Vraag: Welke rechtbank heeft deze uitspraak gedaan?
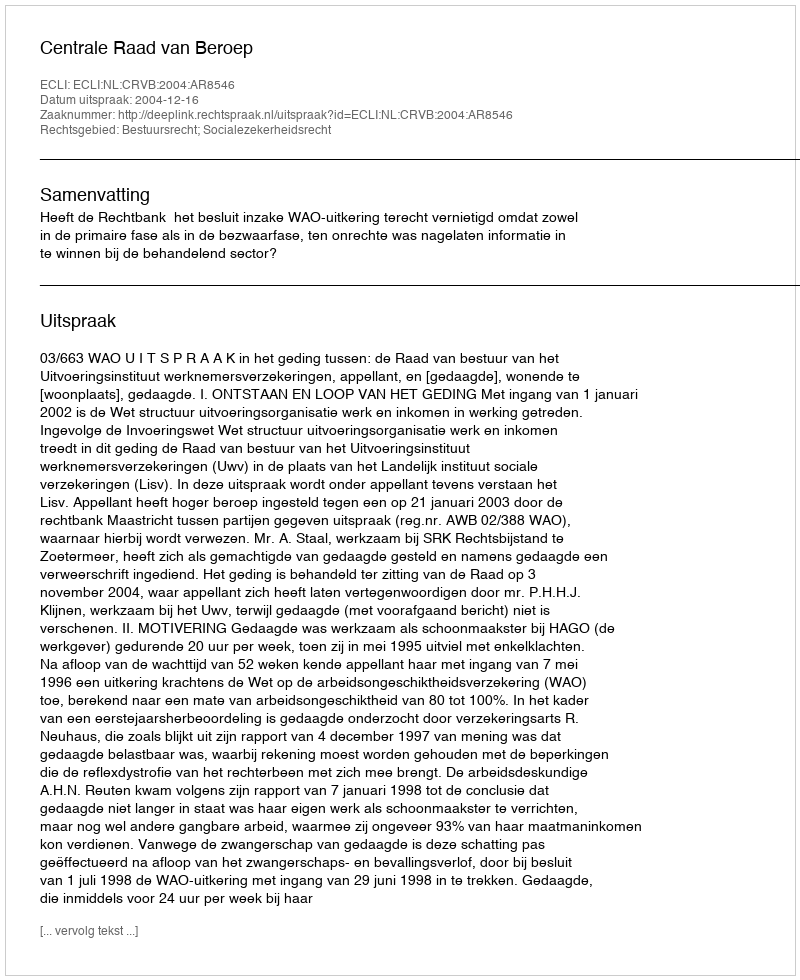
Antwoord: Centrale Raad van Beroep